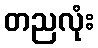
တညလုံး